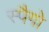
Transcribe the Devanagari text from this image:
स्पैगो